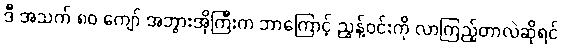
ဒီ အသက် ၈၀ ကျော် အဘွားအိုကြီးက ဘာကြောင့် ညွန့်ဝင်းကို လာကြည့်တာလဲဆိုရင်